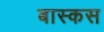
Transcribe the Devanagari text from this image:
बास्कस